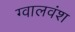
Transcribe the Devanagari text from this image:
ग्वालवंश